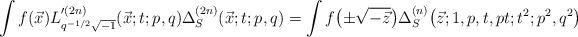
LaTeX: \begin{gather*}\int f(\vec{x}) L^{\prime(2n)}_{q^{-1/2}\sqrt{-1}}(\vec{x};t;p,q) \Delta^{(2n)}_S(\vec{x};t;p,q) = \int f\big({\pm}\sqrt{-\vec{z}}\big)\Delta^{(n)}_S\big(\vec{z};1,p,t,pt;t^2;p^2,q^2\big)\end{gather*}